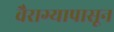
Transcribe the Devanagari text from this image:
वैराग्यापासून